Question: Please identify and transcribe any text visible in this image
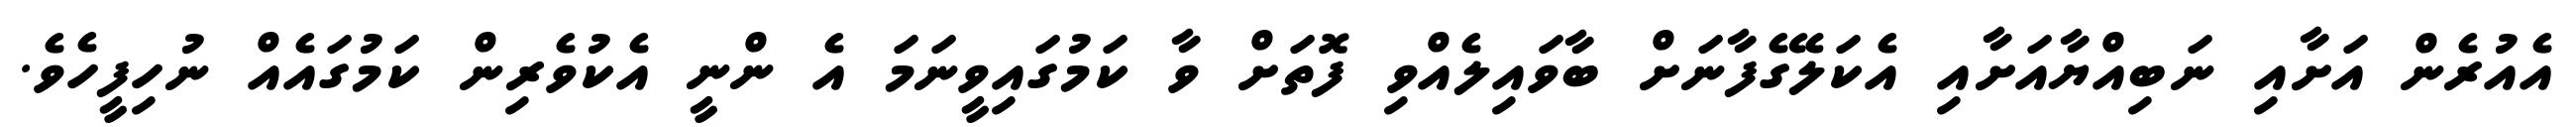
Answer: އެއުރެން އަށާއި ނަބިއްޔާއަށާއި އެކަލޭގެފާނަށް ބާވައިލެއްވި ފޮތަށް ވާ ކަމުގައިވީނަމަ އެ ންނީ އެކުވެރިން ކަމުގައެއް ނުހިފީހެވެ.